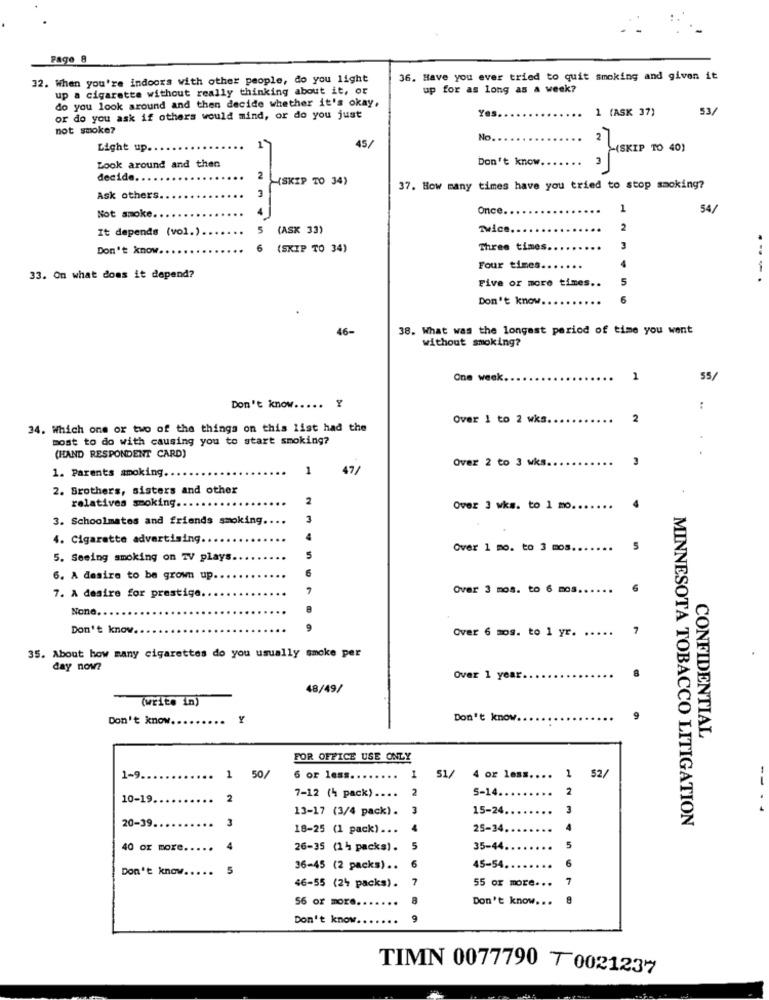
Page 8
32. When you're indoors with other people, do you light
36. Have you ever tried to quit smoking and given it
up a cigarette without really thinking about it, or
up for as long as a week?
do you look around and then decide whether it's okay,
Yes
1 (ASK 37)
53/
or do you ask if others would mind, or do you just
not smoke?
No.
Light up.
45/
2 (SKIP TO 40)
Don't know.
Look around and then
decide.
2
(SKIP TO 34)
3
37. How many times have you tried to stop smoking?
Ask others
4
Once.
1
54/
Not smoke.
It depends (vol.)
5
(ASK 33)
Twice.
2
Don't know.
6
(SKIP TO 34)
Three times.
3
4
Four times.
---
33. On what does it depend?
5
Five or more times ..
Don't know.
6
46-
38. What was the longest period of time you went
without smoking?
One week.
1
55/
Don't know ..... Y
Over 1 to 2 wks ..
2
34. Which one or two of the things on this list had the
most to do with causing you to start smoking?
(HAND RESPONDENT CARD)
1. Parents smoking.
1
47/
Over 2 to 3 wks ...
2. Brothers, sisters and other
relatives smoking ...
2
Over 3 wks. to 1 mo .......
4
3. Schoolmates and friends smoking ..
4. Cigarette advertising.
Over 1 mo. to 3 mos .......
5
5. Seeing smoking on TV plays.
6. A desire to be grown up
10
Over 3 mos. to 6 mos ......
7. A desire for prestige.
None.
Don't know.
Over 6 mos. to 1 yr. .....
7
35. About how many cigarettes do you usually smoke per
day now?
Over 1 year.
48/49/
(write in)
Don't know
Y
Don't know.
9
CONFIDENTIAL
FOR OFFICE USE ONLY
1-9
1 50/
6 or less ....
..
1
51/
4 or less .... 1 52/
2
5-14.
2
10-19.
....
2
7-12 (4 pack) ....
13-17 (3/4 pack).
15-24
3
20-39.
MINNESOTA TOBACCO LITIGATION
20-39 ...... . . . .
3
18-25 (1 pack) ...
4
25-34.
4
40 or more
...
4
26-35 (14 packs).
5
35-44.
5
6
Don't know ... ..
5
36-45 (2 packs) ..
6
45-54.
46-55 (24 packs).
7
55 or more ...
56 or more.
Don't know ...
Don't know.
9
TIMN 0077790 7 0021237